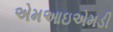
એમઆઇએમડી